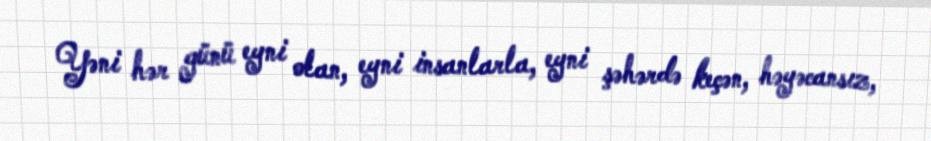
Yəni hər günü eyni olan, eyni insanlarla, eyni şəhərdə keçən, həyəcansız,